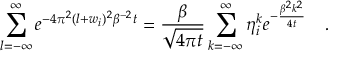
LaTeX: \sum _ { l = - \infty } ^ { \infty } e ^ { - 4 \pi ^ { 2 } ( l + w _ { i } ) ^ { 2 } \beta ^ { - 2 } t } = { \frac { \beta } { \sqrt { 4 \pi t } } } \sum _ { k = - \infty } ^ { \infty } \eta _ { i } ^ { k } e ^ { - { \frac { \beta ^ { 2 } k ^ { 2 } } { 4 t } } } ~ ~ ~ .